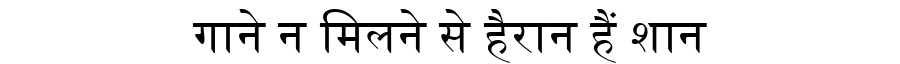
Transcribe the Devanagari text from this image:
गाने न मिलने से हैरान हैं शान